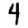
Digit: 4